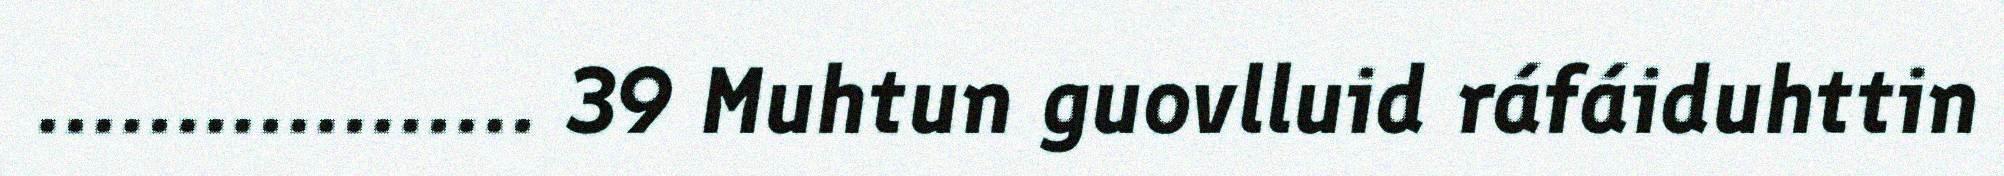
.................. 39 Muhtun guovlluid ráfáiduhttin